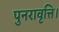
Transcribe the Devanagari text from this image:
पुनरावृत्ति।